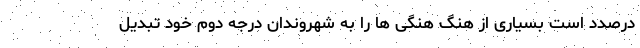
درصدد است بسیاری از هنگ هنگی ها را به شهروندان درجه دوم خود تبدیل